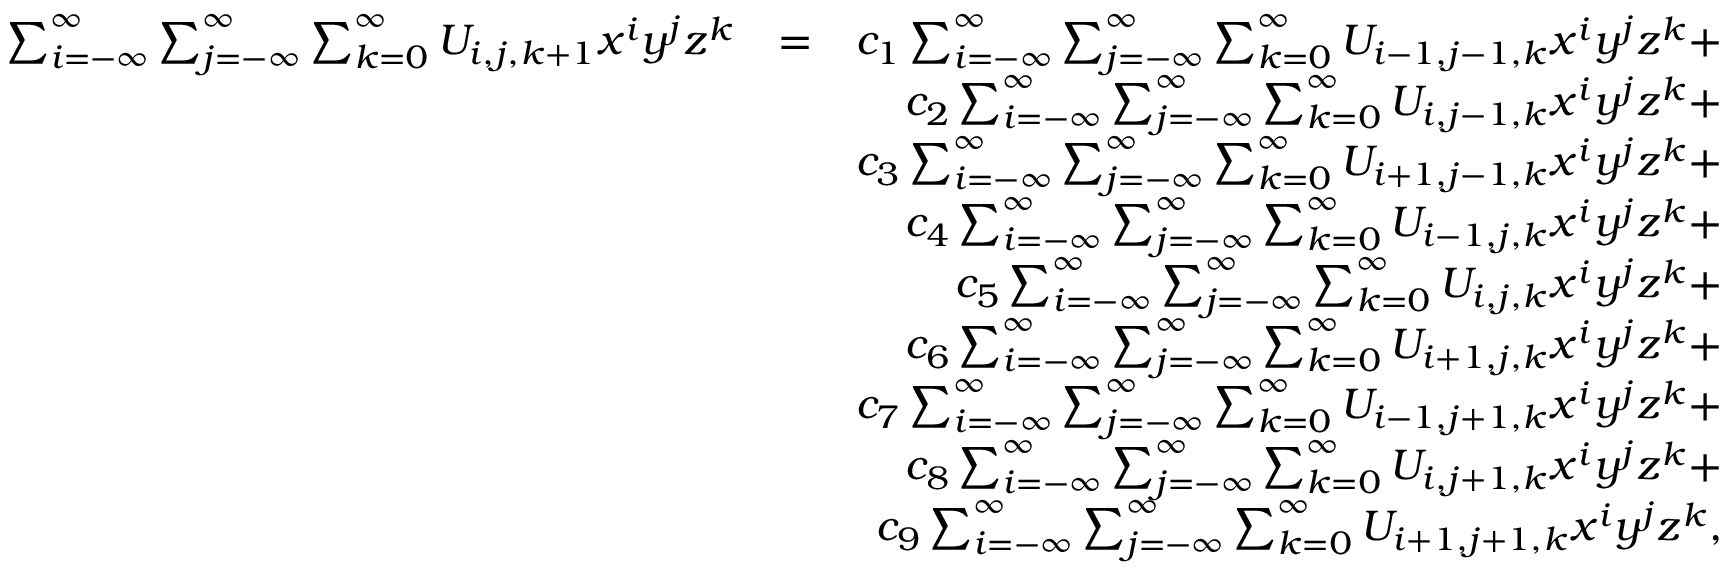
\begin{array} { r l r } { \sum _ { i = - \infty } ^ { \infty } \sum _ { j = - \infty } ^ { \infty } \sum _ { k = 0 } ^ { \infty } U _ { i , j , k + 1 } x ^ { i } y ^ { j } z ^ { k } } & { = } & { c _ { 1 } \sum _ { i = - \infty } ^ { \infty } \sum _ { j = - \infty } ^ { \infty } \sum _ { k = 0 } ^ { \infty } U _ { i - 1 , j - 1 , k } x ^ { i } y ^ { j } z ^ { k } + } \\ & { } & { c _ { 2 } \sum _ { i = - \infty } ^ { \infty } \sum _ { j = - \infty } ^ { \infty } \sum _ { k = 0 } ^ { \infty } U _ { i , j - 1 , k } x ^ { i } y ^ { j } z ^ { k } + } \\ & { } & { c _ { 3 } \sum _ { i = - \infty } ^ { \infty } \sum _ { j = - \infty } ^ { \infty } \sum _ { k = 0 } ^ { \infty } U _ { i + 1 , j - 1 , k } x ^ { i } y ^ { j } z ^ { k } + } \\ & { } & { c _ { 4 } \sum _ { i = - \infty } ^ { \infty } \sum _ { j = - \infty } ^ { \infty } \sum _ { k = 0 } ^ { \infty } U _ { i - 1 , j , k } x ^ { i } y ^ { j } z ^ { k } + } \\ & { } & { c _ { 5 } \sum _ { i = - \infty } ^ { \infty } \sum _ { j = - \infty } ^ { \infty } \sum _ { k = 0 } ^ { \infty } U _ { i , j , k } x ^ { i } y ^ { j } z ^ { k } + } \\ & { } & { c _ { 6 } \sum _ { i = - \infty } ^ { \infty } \sum _ { j = - \infty } ^ { \infty } \sum _ { k = 0 } ^ { \infty } U _ { i + 1 , j , k } x ^ { i } y ^ { j } z ^ { k } + } \\ & { } & { c _ { 7 } \sum _ { i = - \infty } ^ { \infty } \sum _ { j = - \infty } ^ { \infty } \sum _ { k = 0 } ^ { \infty } U _ { i - 1 , j + 1 , k } x ^ { i } y ^ { j } z ^ { k } + } \\ & { } & { c _ { 8 } \sum _ { i = - \infty } ^ { \infty } \sum _ { j = - \infty } ^ { \infty } \sum _ { k = 0 } ^ { \infty } U _ { i , j + 1 , k } x ^ { i } y ^ { j } z ^ { k } + } \\ & { } & { c _ { 9 } \sum _ { i = - \infty } ^ { \infty } \sum _ { j = - \infty } ^ { \infty } \sum _ { k = 0 } ^ { \infty } U _ { i + 1 , j + 1 , k } x ^ { i } y ^ { j } z ^ { k } , } \end{array}